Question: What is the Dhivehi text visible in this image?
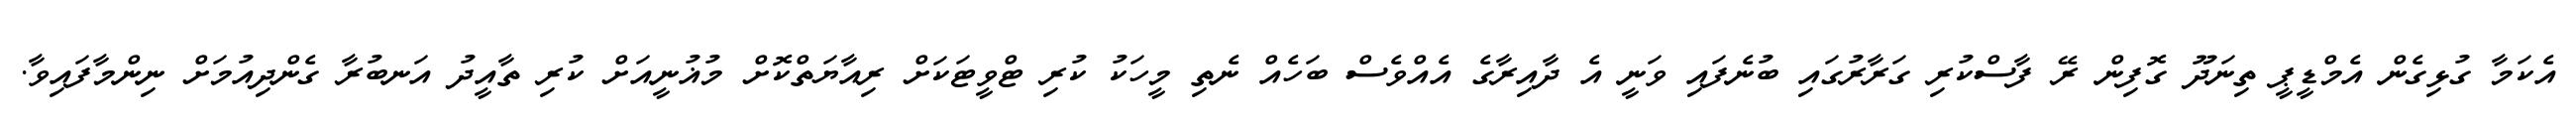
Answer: އެކަމާ ގުޅިގެން އެމްޑީޕީ ތިނަދޫ ގޮފިން ރޭ ފާސްކުރި ގަރާރުގައި ބުނެފައި ވަނީ އެ ދާއިރާގެ އެއްވެސް ބަހެއް ނެތި މީހަކު ކުރި ޓްވީޓަކަށް ރިއާޔަތްކޮށް މުޣުނީއަށް ކުރި ތާއީދު އަނބުރާ ގެންދިއުމަށް ނިންމާފައިވާ.